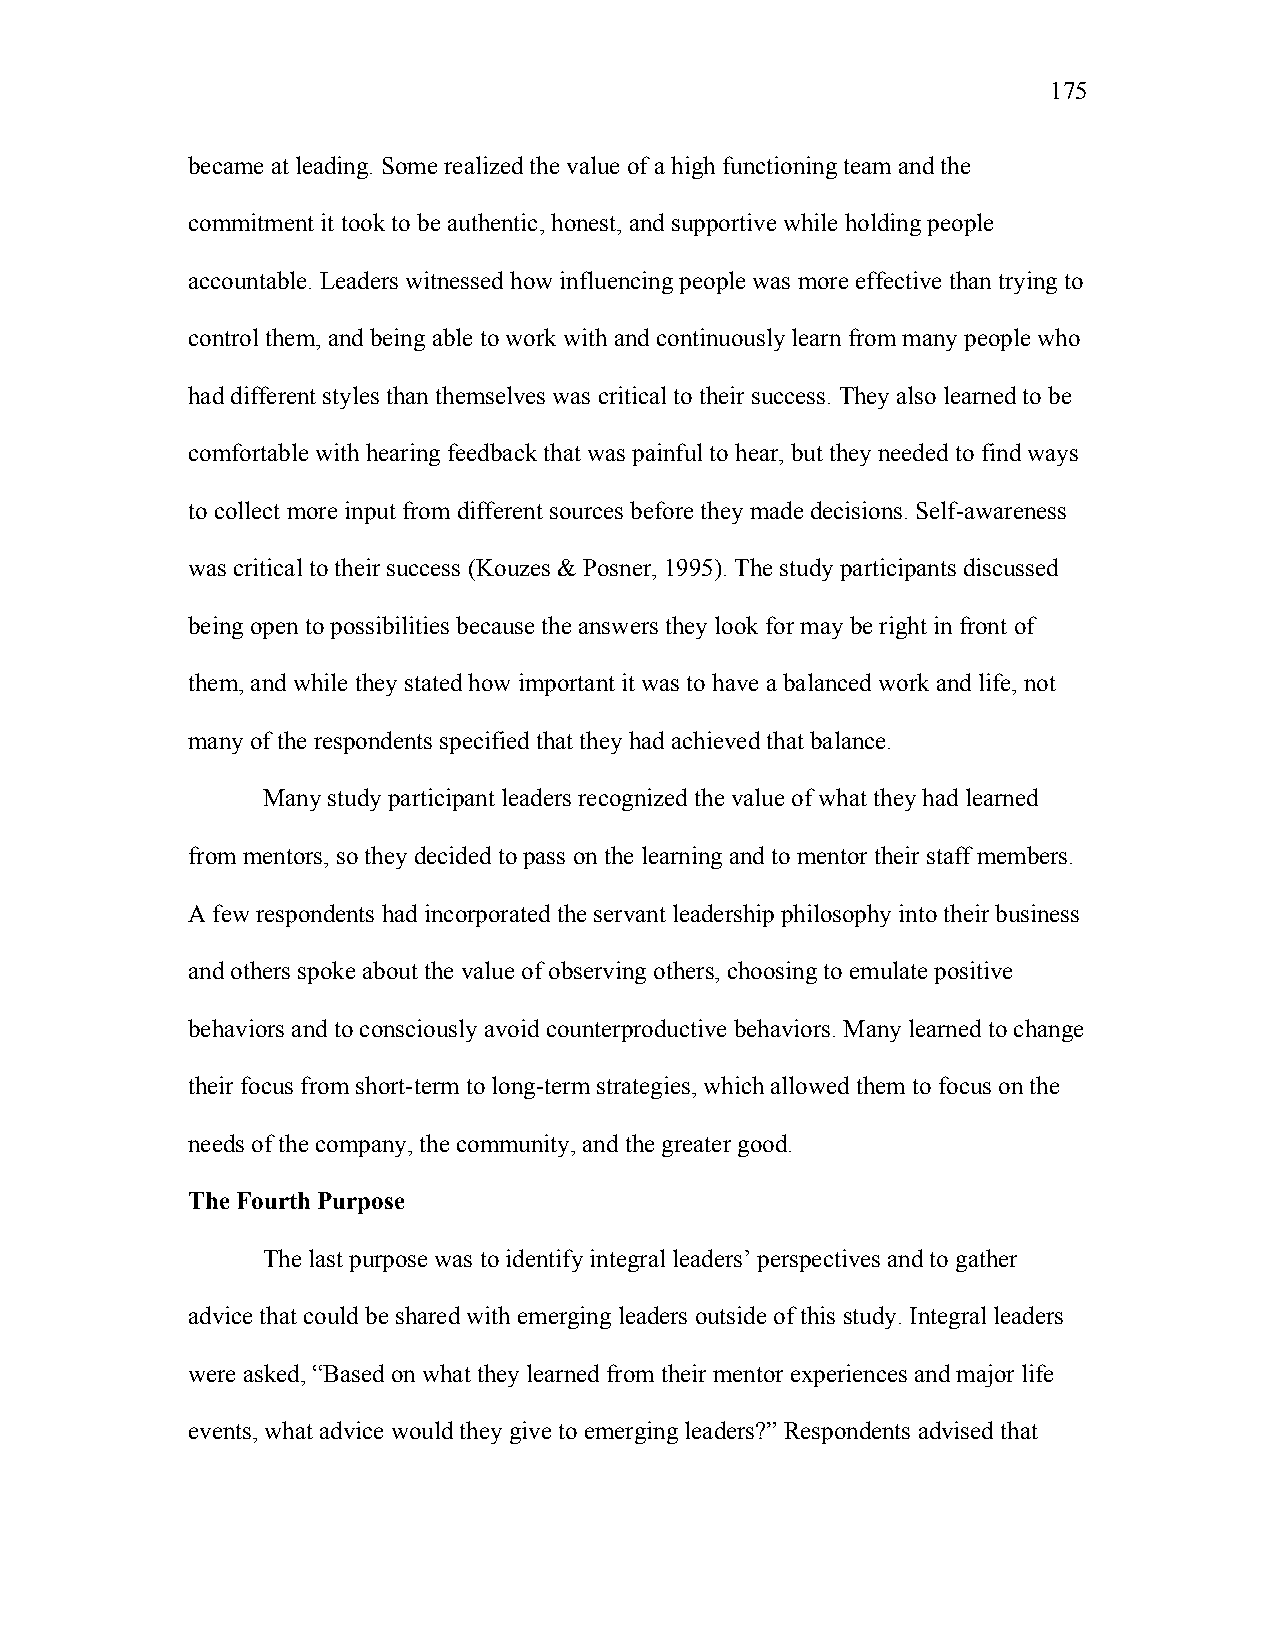
175
 became at leading. Some realized the value of a high functioning team and the
 commitment it took to be authentic, honest, and supportive while holding people
 accountable. Leaders witnessed how influencing people was more effective than trying to
 control them, and being able to work with and continuously learn from many people who
 had different styles than themselves was critical to their success. They also learned to be
 comfortable with hearing feedback that was painful to hear, but they needed to find ways
 to collect more input from different sources before they made decisions. Self-awareness
 was critical to their success (Kouzes & Posner, 1995). The study participants discussed
 being open to possibilities because the answers they look for may be right in front of
 them, and while they stated how important it was to have a balanced work and life, not
 many of the respondents specified that they had achieved that balance.
 Many study participant leaders recognized the value of what they had learned
 from mentors, so they decided to pass on the learning and to mentor their staff members.
 A few respondents had incorporated the servant leadership philosophy into their business
 and others spoke about the value of observing others, choosing to emulate positive
 behaviors and to consciously avoid counterproductive behaviors. Many learned to change
 their focus from short-term to long-term strategies, which allowed them to focus on the
 needs of the company, the community, and the greater good.
 The Fourth Purpose
 The last purpose was to identify integral leaders’ perspectives and to gather
 advice that could be shared with emerging leaders outside of this study. Integral leaders
 were asked, “Based on what they learned from their mentor experiences and major life
 events, what advice would they give to emerging leaders?” Respondents advised that